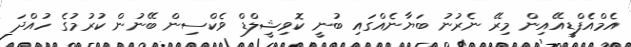
އެމްއެފްޑީއޭއިން މިރޭ ނެރުނު ބަޔާނެއްގައި ބުނީ ކޮވިޝީލްޑް ވެކްސިން ބޭނުން ކުރުމުގެ ހުއްދަ